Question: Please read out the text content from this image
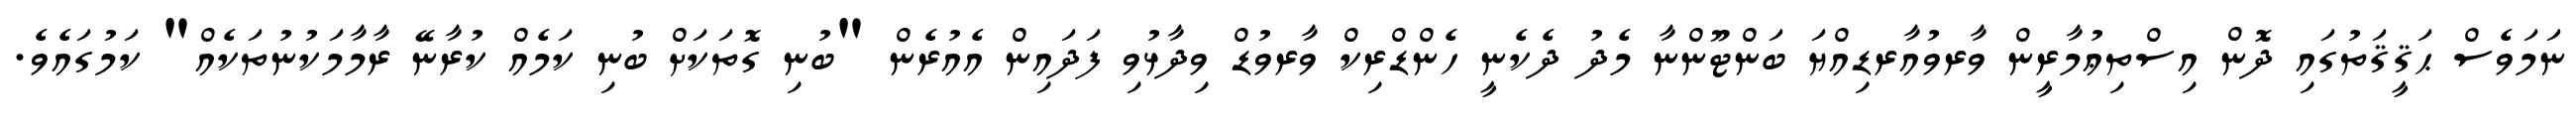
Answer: ނަމަވެސް ޙަޤީޤަތުގައި ދޮން އިސްތިޢުމާރީން ވާރވުއާރޑިއްޔަ ބަންޓޫންނާ މެދު ދެކެނީ ހެންޑްރިކް ވާރވުޑް ވިދާޅުވި ފަދައިން އެއުރެން "ބުނި ގޮތަކަށް ބުނި ކަމެއް ކުރާނޭ ރާމާމަކުނުތަކެއް" ކަމުގައެވެ.